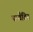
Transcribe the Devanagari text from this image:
परवैतिन